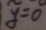
y = 0